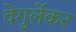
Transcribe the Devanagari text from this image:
वेंगुर्लेकर